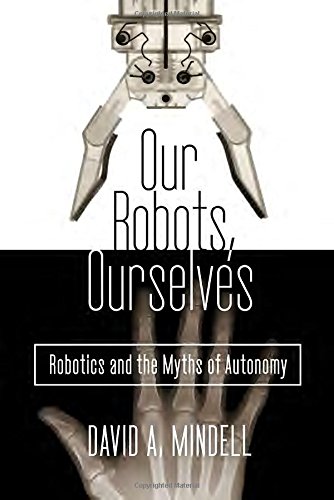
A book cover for Our Robots, Ourselves: Robotics and the Myths of Autonomy; David A. Mindell; Engineering & Transportation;